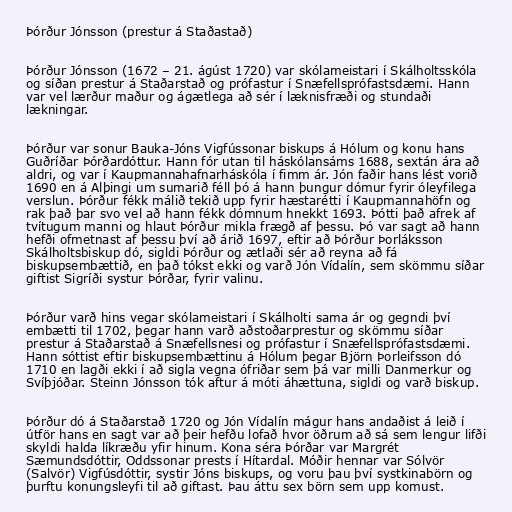
Þórður Jónsson (prestur á Staðastað)

Þórður Jónsson (1672 – 21. ágúst 1720) var skólameistari í Skálholtsskóla
og síðan prestur á Staðarstað og prófastur í Snæfellsprófastsdæmi. Hann
var vel lærður maður og ágætlega að sér í læknisfræði og stundaði
lækningar.

Þórður var sonur Bauka-Jóns Vigfússonar biskups á Hólum og konu hans
Guðríðar Þórðardóttur. Hann fór utan til háskólansáms 1688, sextán ára að
aldri, og var í Kaupmannahafnarháskóla í fimm ár. Jón faðir hans lést vorið
1690 en á Alþingi um sumarið féll þó á hann þungur dómur fyrir óleyfilega
verslun. Þórður fékk málið tekið upp fyrir hæstarétti í Kaupmannahöfn og
rak það þar svo vel að hann fékk dómnum hnekkt 1693. Þótti það afrek af
tvítugum manni og hlaut Þórður mikla frægð af þessu. Þó var sagt að hann
hefði ofmetnast af þessu því að árið 1697, eftir að Þórður Þorláksson
Skálholtsbiskup dó, sigldi Þórður og ætlaði sér að reyna að fá
biskupsembættið, en það tókst ekki og varð Jón Vídalín, sem skömmu síðar
giftist Sigríði systur Þórðar, fyrir valinu.

Þórður varð hins vegar skólameistari í Skálholti sama ár og gegndi því
embætti til 1702, þegar hann varð aðstoðarprestur og skömmu síðar
prestur á Staðarstað á Snæfellsnesi og prófastur í Snæfellsprófastsdæmi.
Hann sóttist eftir biskupsembættinu á Hólum þegar Björn Þorleifsson dó
1710 en lagði ekki í að sigla vegna ófriðar sem þá var milli Danmerkur og
Svíþjóðar. Steinn Jónsson tók aftur á móti áhættuna, sigldi og varð biskup.

Þórður dó á Staðarstað 1720 og Jón Vídalín mágur hans andaðist á leið í
útför hans en sagt var að þeir hefðu lofað hvor öðrum að sá sem lengur lifði
skyldi halda líkræðu yfir hinum. Kona séra Þórðar var Margrét
Sæmundsdóttir, Oddssonar prests í Hítardal. Móðir hennar var Sólvör
(Salvör) Vigfúsdóttir, systir Jóns biskups, og voru þau því systkinabörn og
þurftu konungsleyfi til að giftast. Þau áttu sex börn sem upp komust.